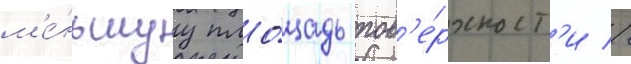
м'е́ньшуу пло́щадь пов'е́рхност'и //